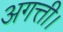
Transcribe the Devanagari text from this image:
अगत्ती।